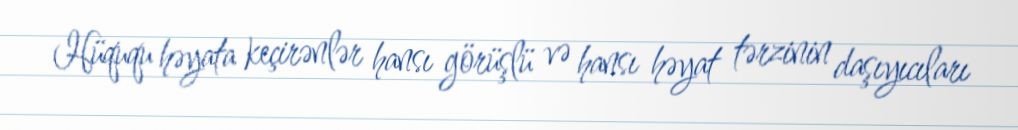
Hüququ həyata keçirənlər hansı görüşlü və hansı həyat tərzinin daşıyıcıları